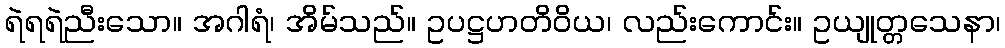
ရဲရရဲညီးသော။ အဂါရံ၊ အိမ်သည်။ ဥပဋ္ဌဟတိဝိယ၊ လည်းကောင်း။ ဥယျုတ္တသေနာ၊